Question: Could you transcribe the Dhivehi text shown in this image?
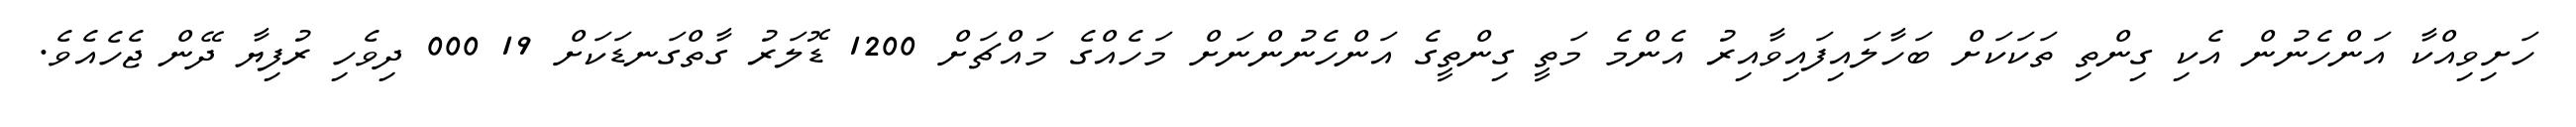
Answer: ހަށިވިއްކާ އަންހެނުން އެކި ގިންތި ތަކަކަށް ބަހާލައިފައިވާއިރު އެންމެ މަތީ ގިންތީގެ އަންހެނުންނަށް މަހެއްގެ މައްޗަށް 1200 ޑޮލަރު ގާތްގަނޑަކަށް 19 000 ދިވެހި ރުފިޔާ ދޭން ޖެހެއެވެ.